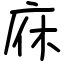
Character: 庥